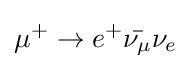
\mu ^{+}\to e^{+}{\bar {\nu _{\mu }}}\nu _{e}